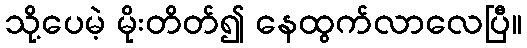
သို့ပေမဲ့ မိုးတိတ်၍ နေထွက်လာလေပြီ။